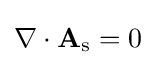
\nabla \cdot \mathbf {A} _{\rm {s}}=0